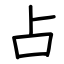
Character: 占